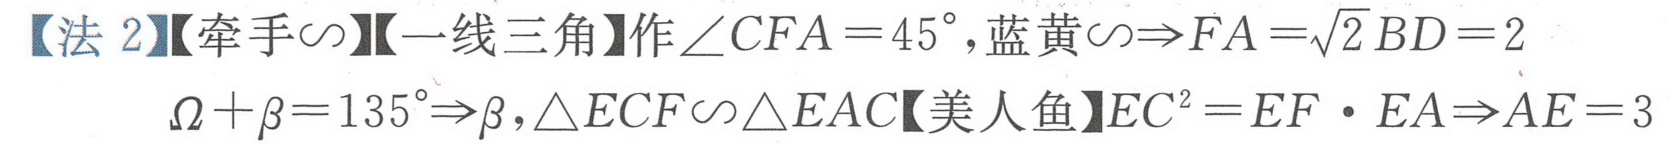
【法 2】【牵手\(\sim\)】【一线三角】作\(\angle CFA = 45^{\circ}\)，蓝黄\(\sim\Rightarrow FA=\sqrt{2}BD = 2\)
\(\Omega+\beta=135^{\circ}\Rightarrow\beta\)，\(\triangle ECF\sim\triangle EAC\)【美人鱼】\(EC^{2}=EF\cdot EA\Rightarrow AE = 3\)